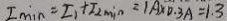
I \min = I _ { 1 } + I _ { 2 \min } = 1 A \times 0 . 3 A = 1 . 3